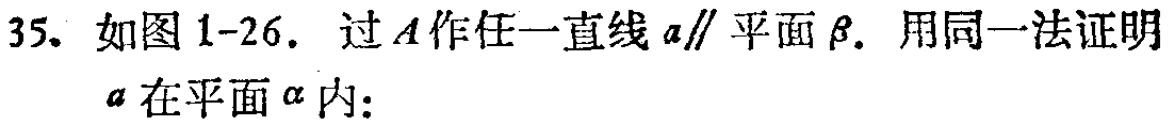
35. 如图1-26. 过\(A\)作任一直线\(a\parallel\)平面\(\beta\). 用同一法证明\(a\)在平面\(\alpha\)内：